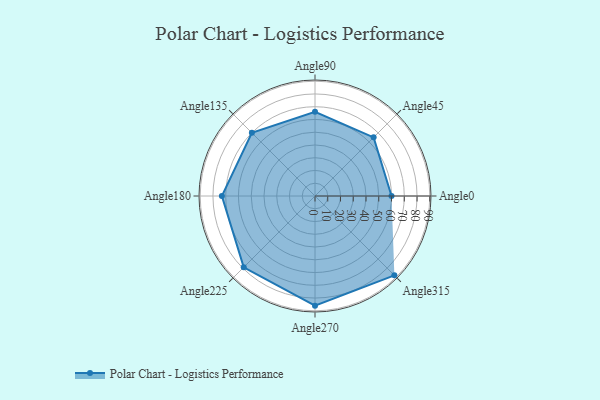
{"axis": {"x": "Angle", "y": "Radius"}, "legend": [""], "data": [{"x": "Angle0", "y": 60.0, "type": ""}, {"x": "Angle45", "y": 65.0, "type": ""}, {"x": "Angle90", "y": 66.0, "type": ""}, {"x": "Angle135", "y": 70.0, "type": ""}, {"x": "Angle180", "y": 73.0, "type": ""}, {"x": "Angle225", "y": 79.0, "type": ""}, {"x": "Angle270", "y": 86.0, "type": ""}, {"x": "Angle315", "y": 88.0, "type": ""}]}